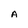
Character: A